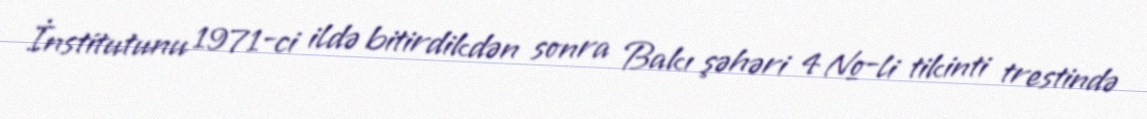
İnstitutunu 1971-ci ildə bitirdikdən sonra Bakı şəhəri 4 №-li tikinti trestində